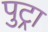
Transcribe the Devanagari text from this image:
पुट्रा